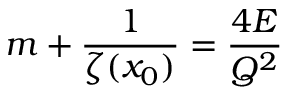
m + \frac { 1 } { \zeta ( x _ { 0 } ) } = \frac { 4 { \cal E } } { { \cal Q } ^ { 2 } }